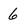
Character: 6